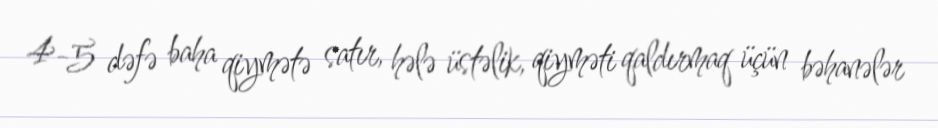
4-5 dəfə baha qiymətə satır, hələ üstəlik, qiyməti qaldırmaq üçün bəhanələr